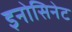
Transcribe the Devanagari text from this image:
इनोसिनेट